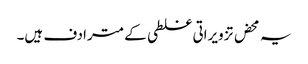
یہ محض تزویراتی غلطی کے مترادف ہیں۔